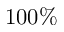
1 0 0 \%